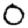
Digit: 0